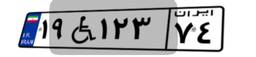
۱۹W۱۲۳۷۴